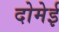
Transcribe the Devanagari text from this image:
दोमेई